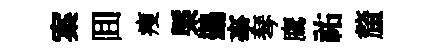
案囬瘦㮣鷀亊琴鷹祐釐